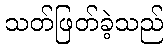
သတ်ဖြတ်ခဲ့သည်